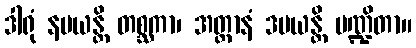
ဒါရုံ နမယန္တိ တစ္ဆကာ၊ အတ္တာနံ ဒမယန္တိ ပဏ္ဍိတာ။